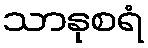
သာနုစရံ